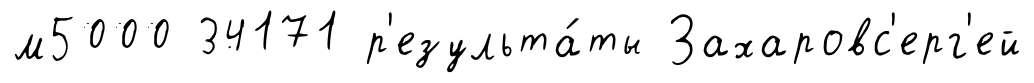
м5000 34171 р'езульта́ты Захаровс'ерг'ей